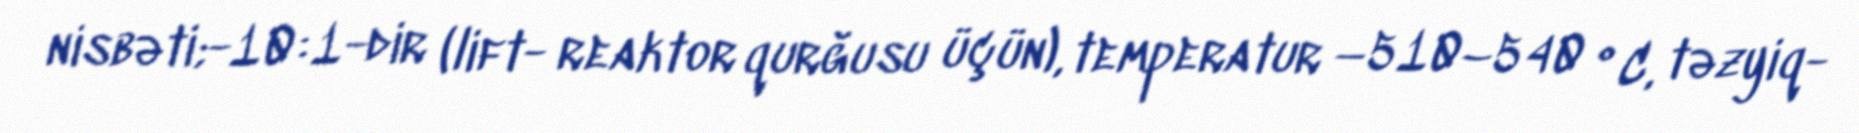
nisbəti;-10:1-dir (lift- reaktor qurğusu üçün), temperatur −510–540 °C, təzyiq-